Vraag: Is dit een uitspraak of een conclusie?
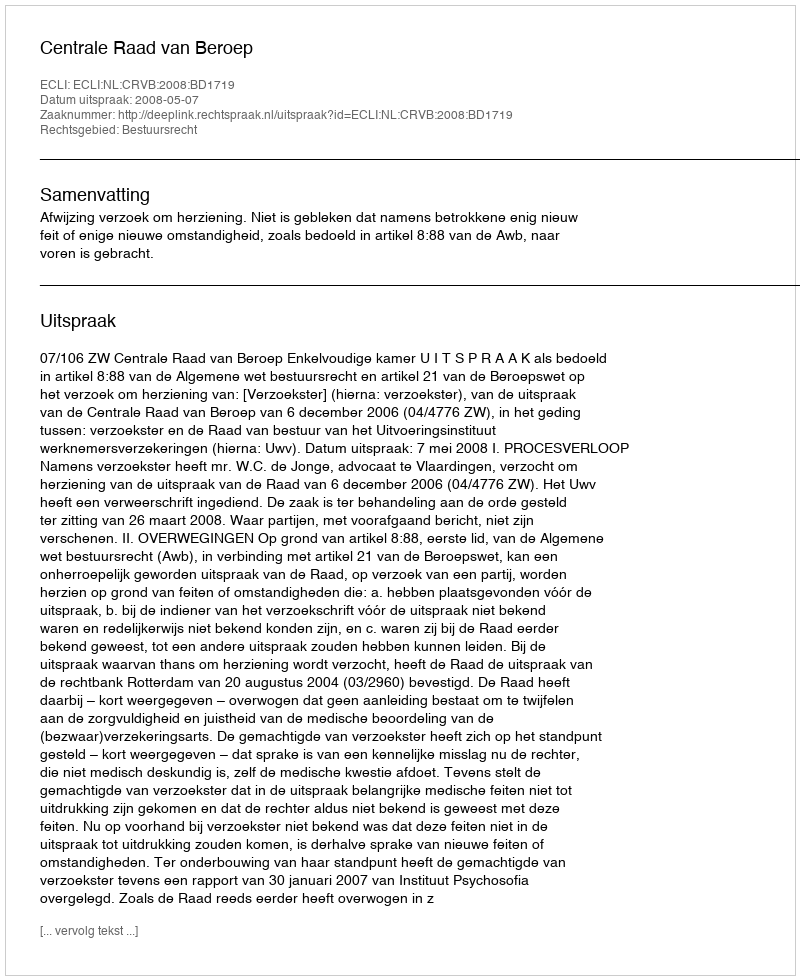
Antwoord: Uitspraak